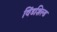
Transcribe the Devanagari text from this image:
विंडशिल्ड